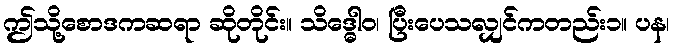
ဤသို့စောဒကဆရာ ဆိုတိုင်း။ သိဒ္ဓေါဝ၊ ပြီးပေသလျှင်ကတည်း၁။ ပန၊